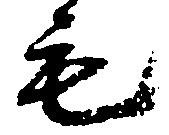
毛